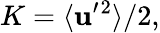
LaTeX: K=\langle{{\mathbf{u}}^{\prime}{}^{2}}\rangle/2,